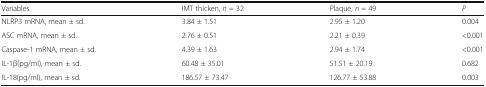
<table><thead><tr><td><b>Variables</b></td><td><b>IMT thicken, <i>n</i> = 32</b></td><td><b>Plaque, <i>n</i> = 49</b></td><td><b><i>P</i></b></td></tr></thead><tbody><tr><td>NLRP3 mRNA, mean ± sd.</td><td>3.84 ± 1.51</td><td>2.95 ± 1.20</td><td>0.004</td></tr><tr><td>ASC mRNA, mean ± sd.</td><td>2.76 ± 0.51</td><td>2.21 ± 0.39</td><td>&lt;0.001</td></tr><tr><td>Caspase-1 mRNA, mean ± sd.</td><td>4.39 ± 1.63</td><td>2.94 ± 1.74</td><td>&lt;0.001</td></tr><tr><td>IL-1β(pg/ml), mean ± sd.</td><td>60.48 ± 35.01</td><td>51.51 ± 20.19</td><td>0.682</td></tr><tr><td>IL-18(pg/ml), mean ± sd.</td><td>186.57 ± 73.47</td><td>126.77 ± 53.88</td><td>0.003</td></tr></tbody></table>